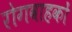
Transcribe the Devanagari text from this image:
रोगवाहकों